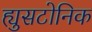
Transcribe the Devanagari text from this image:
ह्युसटोनिक